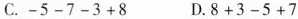
C.-5-7-3+8 D.8+3-5+7